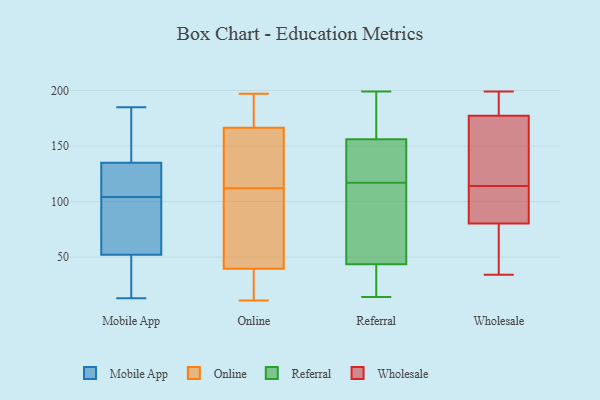
{"axis": {"x": "Churn Rate (%)", "y": "Value"}, "legend": ["Mobile App", "Online", "Referral", "Wholesale"], "data": [{"x": "", "y": 13, "type": "Mobile App"}, {"x": "", "y": 185, "type": "Mobile App"}, {"x": "", "y": 99, "type": "Mobile App"}, {"x": "", "y": 71, "type": "Mobile App"}, {"x": "", "y": 152, "type": "Mobile App"}, {"x": "", "y": 24, "type": "Mobile App"}, {"x": "", "y": 180, "type": "Mobile App"}, {"x": "", "y": 109, "type": "Mobile App"}, {"x": "", "y": 50, "type": "Mobile App"}, {"x": "", "y": 52, "type": "Mobile App"}, {"x": "", "y": 90, "type": "Mobile App"}, {"x": "", "y": 135, "type": "Mobile App"}, {"x": "", "y": 131, "type": "Mobile App"}, {"x": "", "y": 123, "type": "Mobile App"}, {"x": "", "y": 102, "type": "Online"}, {"x": "", "y": 49, "type": "Online"}, {"x": "", "y": 149, "type": "Online"}, {"x": "", "y": 149, "type": "Online"}, {"x": "", "y": 111, "type": "Online"}, {"x": "", "y": 26, "type": "Online"}, {"x": "", "y": 115, "type": "Online"}, {"x": "", "y": 109, "type": "Online"}, {"x": "", "y": 11, "type": "Online"}, {"x": "", "y": 50, "type": "Online"}, {"x": "", "y": 11, "type": "Online"}, {"x": "", "y": 12, "type": "Online"}, {"x": "", "y": 180, "type": "Online"}, {"x": "", "y": 113, "type": "Online"}, {"x": "", "y": 197, "type": "Online"}, {"x": "", "y": 182, "type": "Online"}, {"x": "", "y": 167, "type": "Online"}, {"x": "", "y": 30, "type": "Online"}, {"x": "", "y": 168, "type": "Online"}, {"x": "", "y": 166, "type": "Online"}, {"x": "", "y": 14, "type": "Referral"}, {"x": "", "y": 142, "type": "Referral"}, {"x": "", "y": 197, "type": "Referral"}, {"x": "", "y": 199, "type": "Referral"}, {"x": "", "y": 163, "type": "Referral"}, {"x": "", "y": 51, "type": "Referral"}, {"x": "", "y": 123, "type": "Referral"}, {"x": "", "y": 74, "type": "Referral"}, {"x": "", "y": 39, "type": "Referral"}, {"x": "", "y": 98, "type": "Referral"}, {"x": "", "y": 184, "type": "Referral"}, {"x": "", "y": 15, "type": "Referral"}, {"x": "", "y": 149, "type": "Referral"}, {"x": "", "y": 45, "type": "Referral"}, {"x": "", "y": 115, "type": "Referral"}, {"x": "", "y": 36, "type": "Referral"}, {"x": "", "y": 134, "type": "Referral"}, {"x": "", "y": 119, "type": "Referral"}, {"x": "", "y": 193, "type": "Referral"}, {"x": "", "y": 42, "type": "Referral"}, {"x": "", "y": 39, "type": "Wholesale"}, {"x": "", "y": 105, "type": "Wholesale"}, {"x": "", "y": 177, "type": "Wholesale"}, {"x": "", "y": 137, "type": "Wholesale"}, {"x": "", "y": 34, "type": "Wholesale"}, {"x": "", "y": 199, "type": "Wholesale"}, {"x": "", "y": 134, "type": "Wholesale"}, {"x": "", "y": 188, "type": "Wholesale"}, {"x": "", "y": 199, "type": "Wholesale"}, {"x": "", "y": 89, "type": "Wholesale"}, {"x": "", "y": 111, "type": "Wholesale"}, {"x": "", "y": 178, "type": "Wholesale"}, {"x": "", "y": 114, "type": "Wholesale"}, {"x": "", "y": 54, "type": "Wholesale"}, {"x": "", "y": 99, "type": "Wholesale"}, {"x": "", "y": 175, "type": "Wholesale"}, {"x": "", "y": 34, "type": "Wholesale"}]}